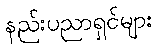
နည်းပညာရှင်များ